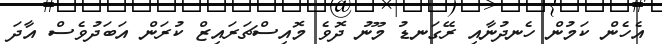
އެހެން ކަމުން ހެނދުނާއި ރޭގަނޑު މޫނު ދޮވެ މޮއިސްޗަރައިޒް ކުރަން އަބަދުވެސް އާދަ